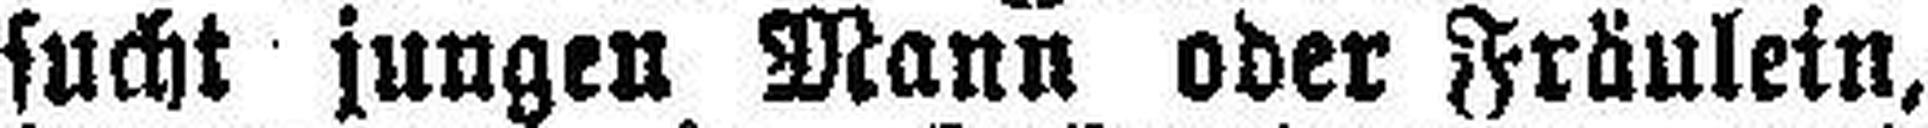
sucht jungen Mann oder Fräulein,